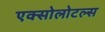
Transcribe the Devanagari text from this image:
एक्सोलोटल्स